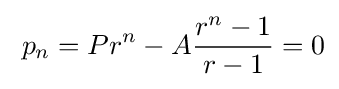
\;p_{n}=Pr^{n}-A{\frac {r^{n}-1}{r-1}}=0